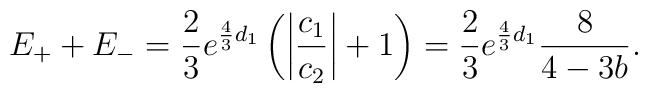
E_+ + E_- = \frac{2}{3}e^{\frac{4}{3}d_1}    \left(\left|\frac{c_1}{c_2}\right|+1\right) = \frac{2}{3}e^{\frac{4}{3}d_1}    \frac{8}{4 - 3b} .